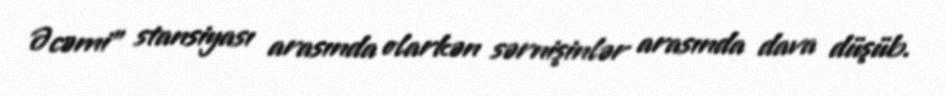
Əcəmi” stansiyası arasında olarkən sərnişinlər arasında dava düşüb.